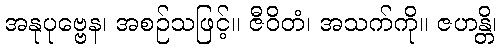
အနုပုဗ္ဗေန၊ အစဉ်သဖြင့်။ ဇီဝိတံ၊ အသက်ကို။ ဇဟန္တိ၊